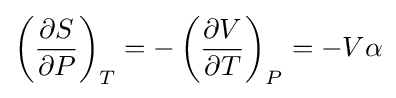
\left({\frac {\partial S}{\partial P}}\right)_{T}=-\left({\frac {\partial V}{\partial T}}\right)_{P}=-V\alpha